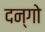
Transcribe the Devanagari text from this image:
दन्गो